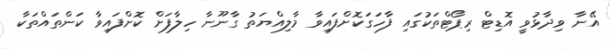
އޭނާ ވިދާޅުވީ އޮޑިޓް ރިޕޯޓްތަކުގައި ފާހަގަކޮށްފައިވާ މާލިއްޔަތު ގާނޫނާ ހިލާފަށް ކޮށްފައިވާ ކަންތައްތަކާ